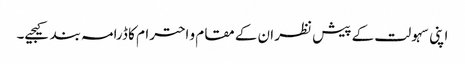
اپنی سہولت کے پیش نظر ان کے مقام و احترام کا ڈرامہ بند کیجیے۔